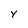
Character: y